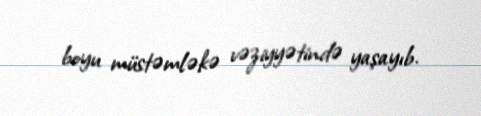
boyu müstəmləkə vəziyyətində yaşayıb.